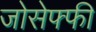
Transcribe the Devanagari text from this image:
जोसेफ्फी